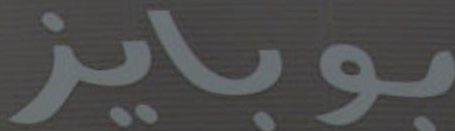
بوبايز